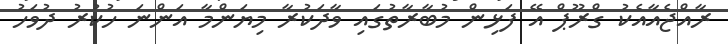
ރާއްޖެއާއެކު ގްރޫޕް އޭ ފަޅިން މުބާރާތުގައި ވާދަކުރާ މިޔަންމާ އަންނަ ހުކުރު ދުވަހު